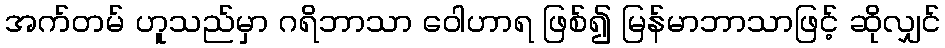
အက်တမ် ဟူသည်မှာ ဂရိဘာသာ ဝေါဟာရ ဖြစ်၍ မြန်မာဘာသာဖြင့် ဆိုလျှင်